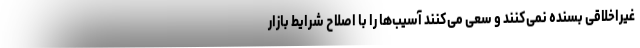
غیراخلاقی بسنده نمی‌کنند و سعی می‌کنند آسیب‌ها را با اصلاح شرایط بازار